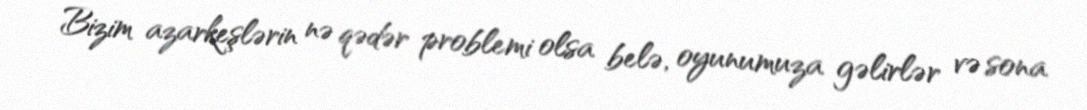
Bizim azarkeşlərin nə qədər problemi olsa belə, oyunumuza gəlirlər və sona